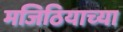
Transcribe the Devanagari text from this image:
मजिठियाच्या